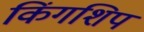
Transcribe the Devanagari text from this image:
किंगशिप